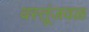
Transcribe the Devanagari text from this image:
वस्तूंजवळ